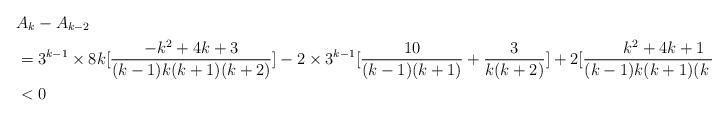
LaTeX: \begin{align*}&A_{k}-A_{k-2}\\&=3^{k-1}\times8k[\frac{-k^{2}+4k+3}{(k-1)k(k+1)(k+2)}]-2\times3^{k-1}[\frac{10}{(k-1)(k+1)}+\frac{3}{k(k+2)}]+2[\frac{k^{2}+4k+1}{(k-1)k(k+1)(k+2)}]\\&<0\end{align*}